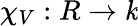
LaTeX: \chi_{V}:R\to\mathit{k}